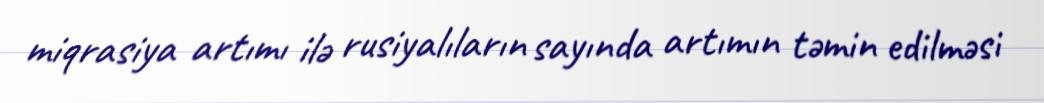
miqrasiya artımı ilə rusiyalıların sayında artımın təmin edilməsi